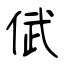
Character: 倵